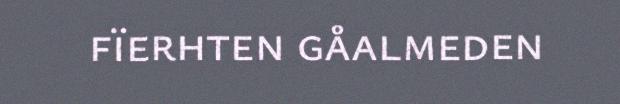
fïerhten gåalmeden